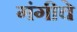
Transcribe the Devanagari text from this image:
गंगीचे